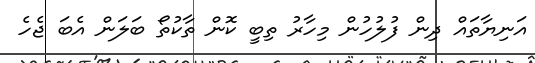
އަނިޔާތައް ދިން ފުލުހުން މިހާރު ތިބީ ކޮން ތާކުތޯ ބަލަން އެބަ ޖެހެ